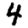
Digit: 4